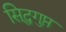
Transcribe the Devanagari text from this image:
सिद्धगुप्त